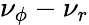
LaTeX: \nu_{\phi}-\nu_{r}